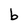
Character: b